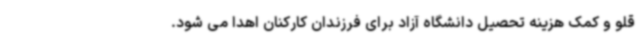
قلو و کمک هزینه تحصیل دانشگاه آزاد برای فرزندان کارکنان اهدا می شود.